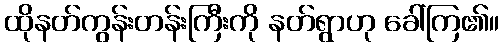
ထိုနတ်ကွန်းတန်းကြီးကို နတ်ရွာဟု ခေါ်ကြ၏။